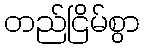
တည်ငြိမ်စွာ